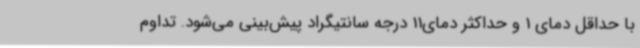
با حداقل دمای 1 و حداکثر دمای11 درجه سانتیگراد پیش‌بینی می‌شود. تداوم